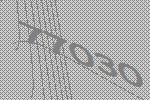
77030